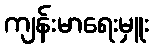
ကျန်းမာရေးမှူး